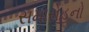
સમારોહનો